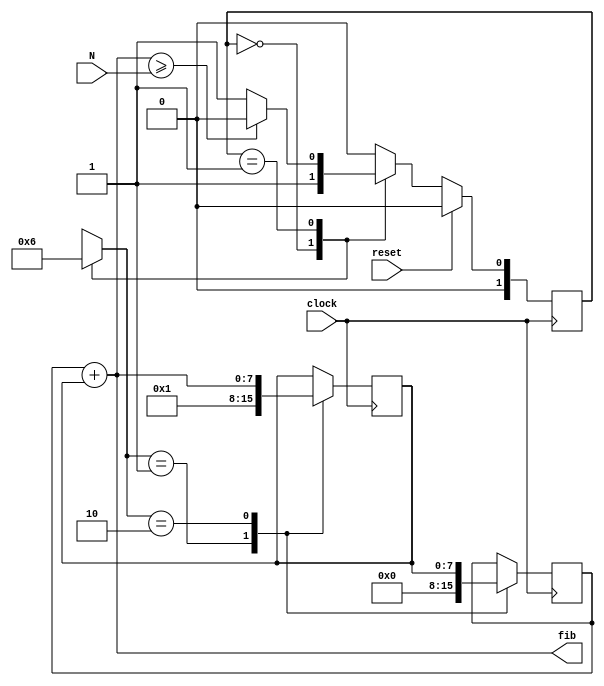
`timescale 1ns / 1ps
//////////////////////////////////////////////////////////////////////////////////
// Company: 
// 
// Design Name: fibonacci
// Module Name:    fibonacci 
// Project Name: 
// Target Devices: 
// Tool versions: 
// Description: Implementation for fibonacci series. 
// The output at  each cycle  is the summmation of the previous two numbers
//
// Dependencies: 
//
// Revision: 
// Revision 0.01 - File Created
// Additional Comments: 
//
//////////////////////////////////////////////////////////////////////////////////
module fibonacci(clock, reset, fib, N);
input  clock , reset;
input  [7:0] N;
output [7:0] fib;               //fibonacci result

wire[7:0] fib;
reg [7:0] curr_num , next_num ;
reg [1:0] state,next_state;

reg [1:0] curr_mux,next_mux;           //control lines

parameter [0:0] s0 = 1'b0, s1 = 1'b1 ;  //states
              
		//data path
always@(posedge clock)
case(curr_mux)
2'h1 : curr_num <= 8'h0;
2'h2 : begin
 curr_num <= next_num;
 end
endcase

always@(posedge clock)
case(next_mux)
2'h1 :  next_num <= 8'h1;
2'h2 : begin
 next_num <= fib;
 end
endcase

	  //controller
always@(posedge clock)
if (reset) state<=s0;
else state <= next_state;

	  //FSM
always@(*)
casex (state)
s0: begin
  curr_mux = 1 ; next_mux = 1;
  next_state = s1; 
 end

s1: begin 
curr_mux = 2 ; next_mux = 2; 
  if (fib >= N ) next_state = s0;
  else next_state = s1;
 end

default: begin
 next_state = s0; next_mux = 2'hx ; curr_mux = 2'hx;
 end
endcase
assign fib = curr_num + next_num;
endmodule